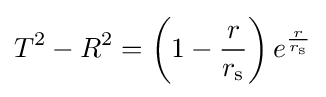
T^{2}-R^{2}=\left(1-{\frac {r}{r_{\mathrm {s} }}}\right)e^{\frac {r}{r_{\mathrm {s} }}}